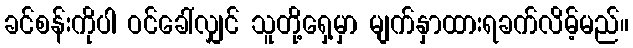
ခင်စန်းကိုပါ ဝင်ခေါ်လျှင် သူတို့ရှေ့မှာ မျက်နှာထားရခက်လိမ့်မည်။